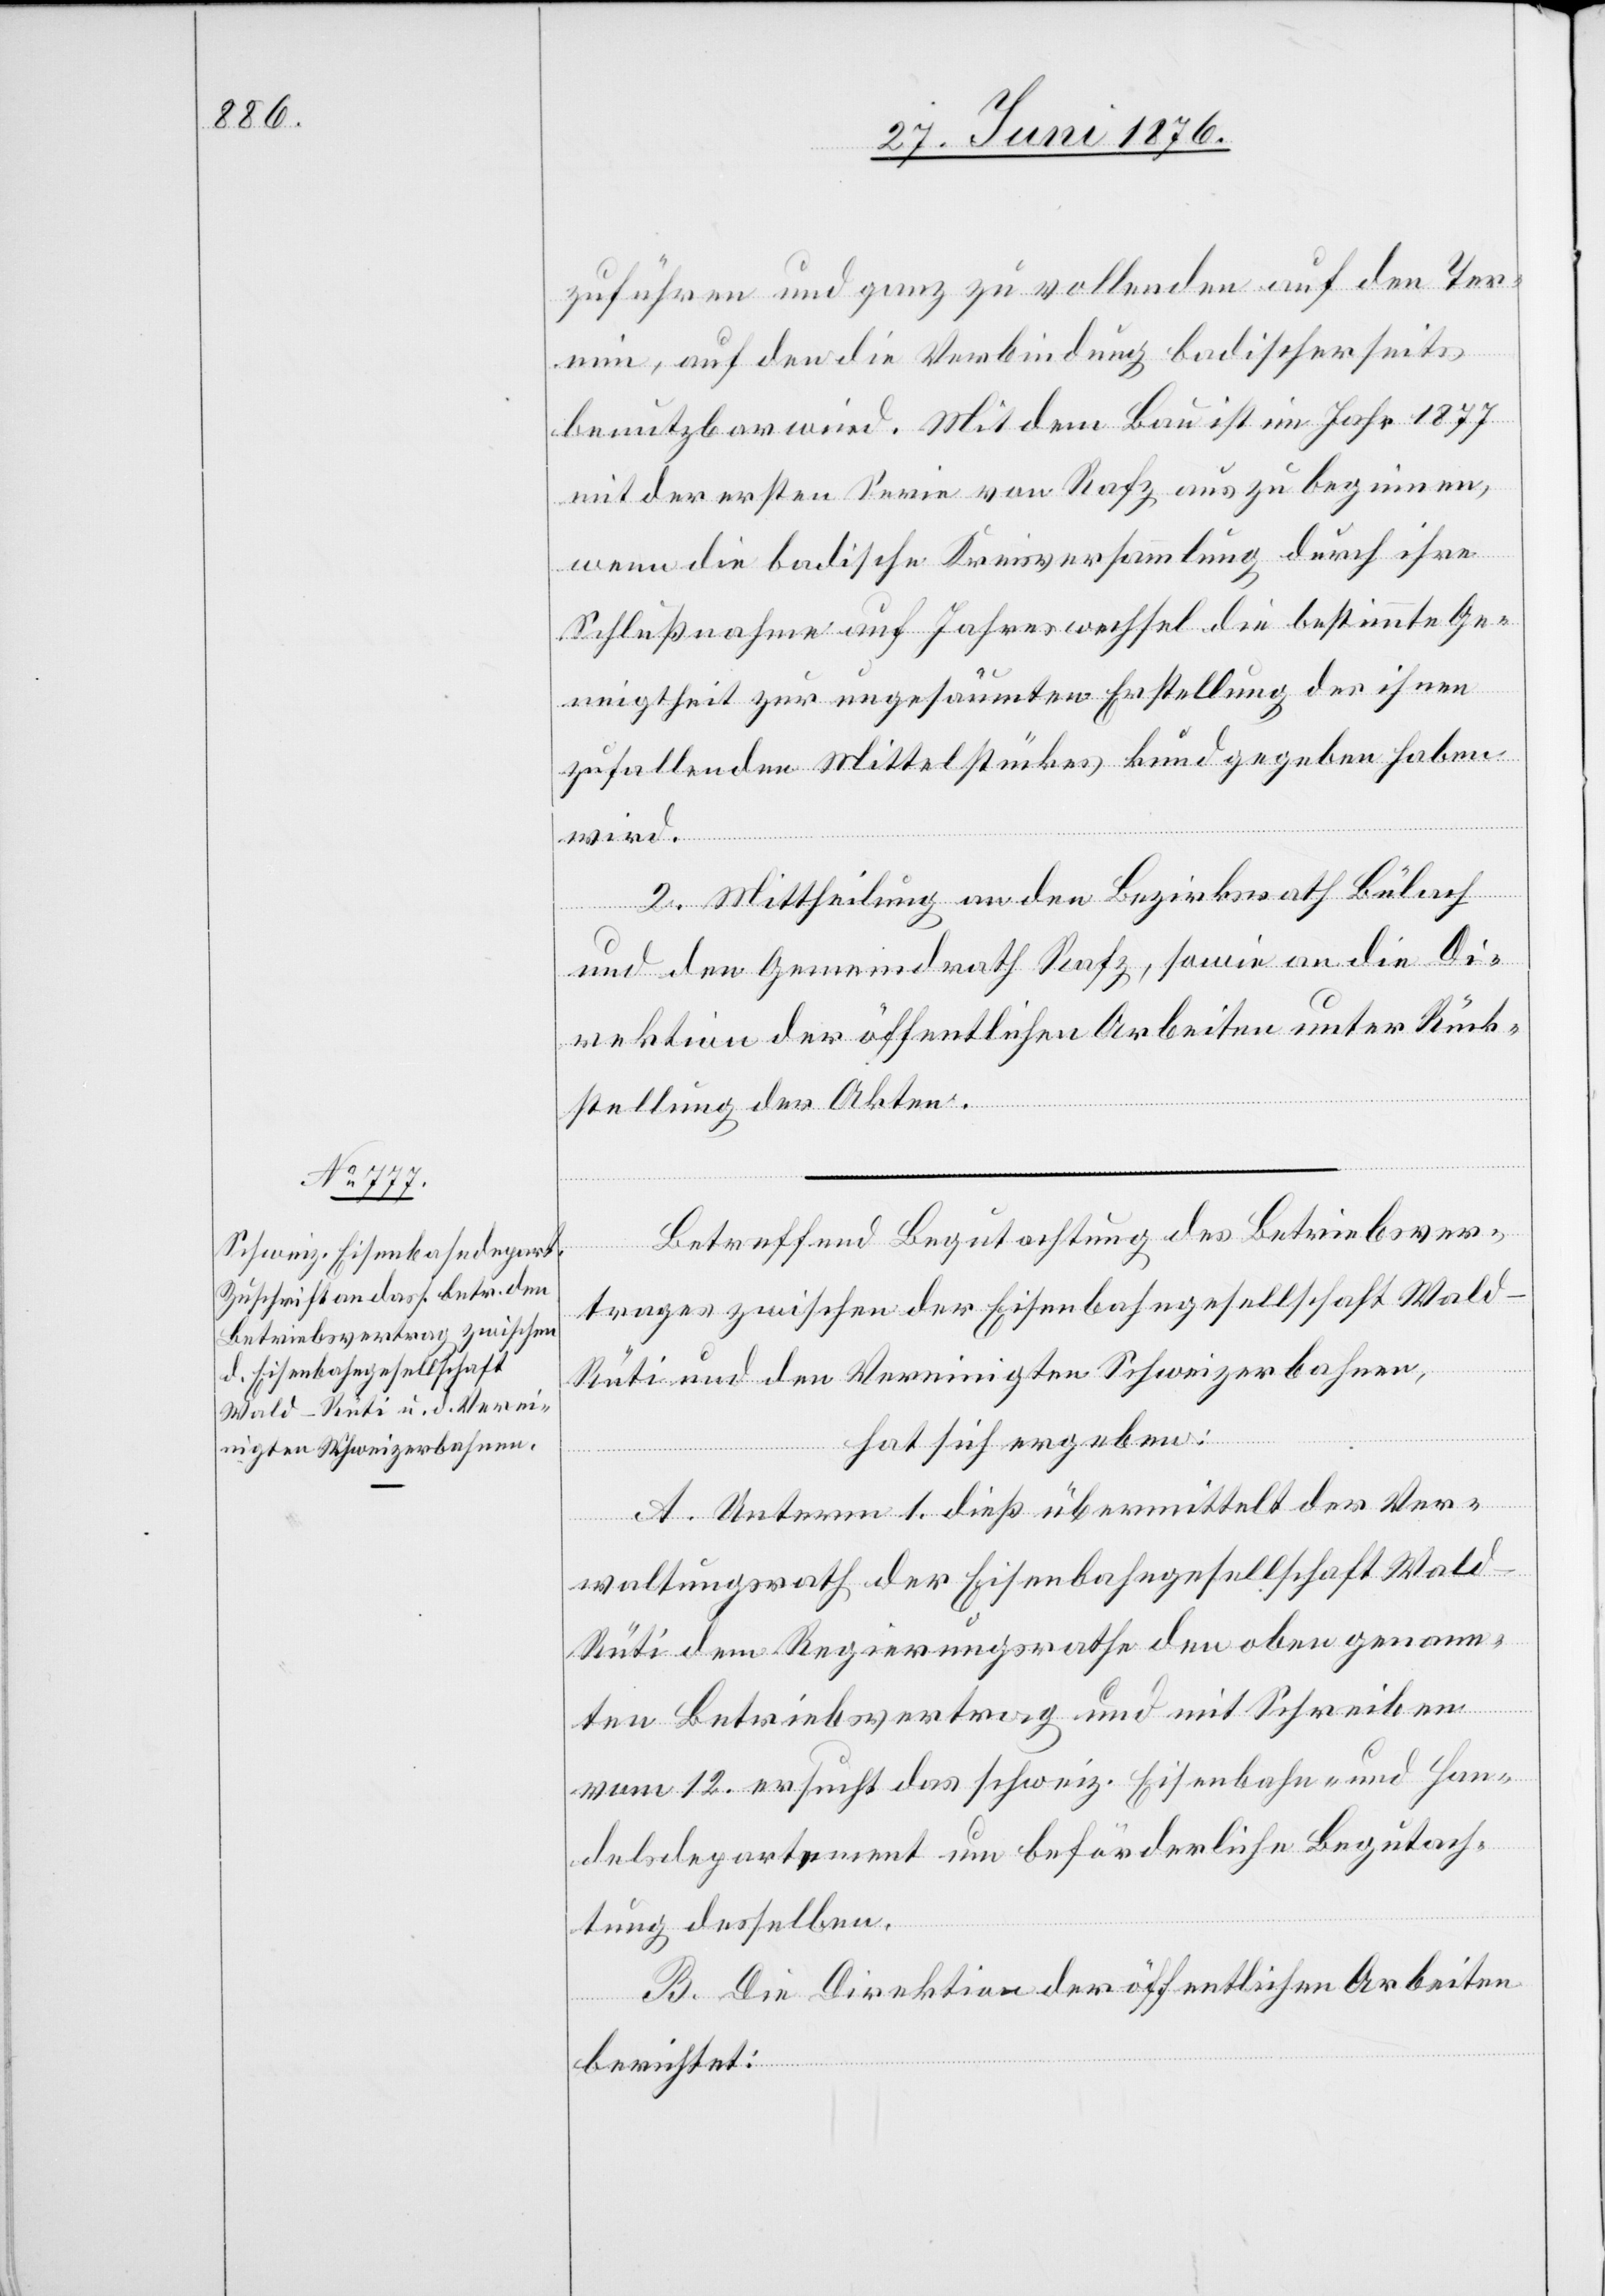
zuführen und ganz zu vollenden auf den Ter¬
min, auf den die Verbindung badischerseits
benutzbar wird. Mit dem Bau ist im Jahr 1877
mit der ersten Serie von Rafz aus zu beginnen,
wenn die badische Kreisversammlung durch ihre
Schlußnahme auf Jahreswechsel die bestimmte Ge¬
neigtheit zur ungesäumten Erstellung des ihnen
zufallenden Mittelstückes kundgegeben haben
wird.
2. Mittheilung an den Bezirksrath Bülach
und den Gemeindrath Rafz, sowie an die Di¬
rektion der öffentlichen Arbeiten unter Rück¬
stellung der Akten.
Betreffend Begutachtung des Betriebsver¬
trages zwischen der Eisenbahngesellschaft Wal¬
d–Rüti und den Vereinigten Schweizerbahnen,
hat sich ergeben:
A. Unterm 1. dieß übermittelt der Ver¬
waltungsrath der Eisenbahngesellschaft Wal¬
d–Rüti dem Regierungsrath den oben genann¬
ten Betriebsvertrag und mit Schreiben
vom 12. ersucht das schweiz. Eisenbahn- und Han¬
delsdepartement um beförderliche Begutach¬
tung desselben.
B. Die Direktion der öffentlichen Arbeiten
berichtet: